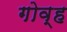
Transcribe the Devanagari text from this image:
गोव्ह